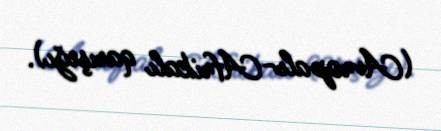
(Avropalı-Afrikalı qarışığı).